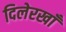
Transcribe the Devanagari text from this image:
दिलेरखाँ